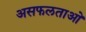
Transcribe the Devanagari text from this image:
असफलताओ